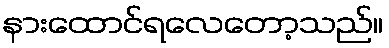
နားထောင်ရလေတော့သည်။